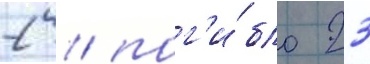
2 / пог'и́бло 23